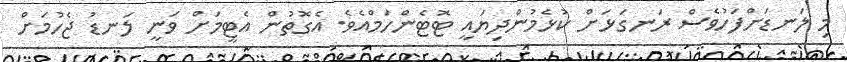
މި ލަނޑަށްފަހުވެސް ރަނގަޅަށް ކުޅެމުންދިޔައީ ޓޮޓެންހަމްއެވެ. އެގޮތުން އެޓީމަށް ވަނީ ލަނޑު ޖެހުމަށް